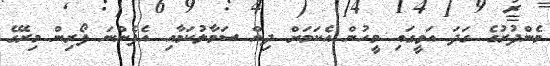
މެންދުރުގެ ގަދަ އަވީގައި މީހުން އެކަމަށް ދިން ސަމާލުކަމާއި އެފެންނަ ފޯރިން މިރޭގެ